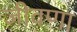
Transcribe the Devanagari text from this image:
जीवणा